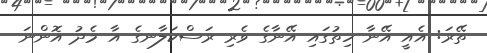
ތޭރަ: އެއީ އޭނާ ހިތުގައި އޭނާގެ ވެރި ރަސްކަލާނގެ އާ މެދު އޮންނަ